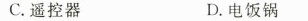
C. 遥控器 D. 电饭锅